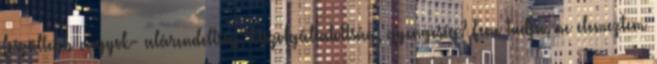
feszültebb vagyok- alárendeltség, kiszolgáltatottság, gyengeség? Fene tudja, ne elemeztem